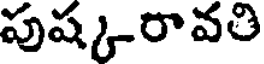
పుష్కరావతి